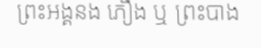
ព្រះអង្គនង ភឿង ឬ ព្រះបាង